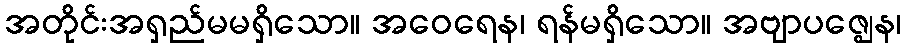
အတိုင်းအရှည်မမရှိသော။ အဝေရေန၊ ရန်မရှိသော။ အဗျာပဇ္ဈေန၊